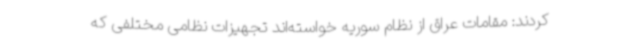
کردند: مقامات عراق از نظام سوریه خواسته‌اند تجهیزات نظامی مختلفی که